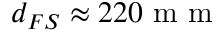
d _ { F S } \approx 2 2 0 \textrm { m m }